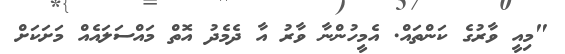
"މިއީ ވާރުގެ ކަންތައް. އެމީހުންނާ ވާރު އާ ދެމެދު އޮތް މައްސަލައެއް މަށަކަށް